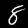
Label: 8